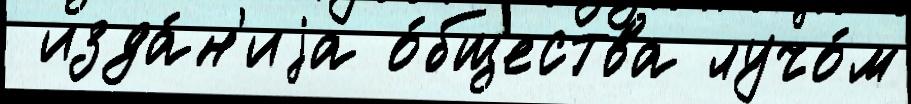
 изда́н'иjа о́бщества лучо́м